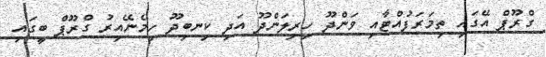
ގްރޫޕް އޭގައި ތިމަރަފުއްޓާއި ވަންދޫ ހިރިލަންދޫ އަދި ކިނބިދޫ ހިމެނޭއިރު ގްރޫޕް ބީގައި